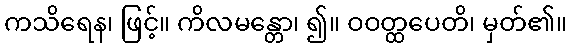
ကသိရေန၊ ဖြင့်။ ကိလမန္တော၊ ၍။ ဝဝတ္ထပေတိ၊ မှတ်၏။